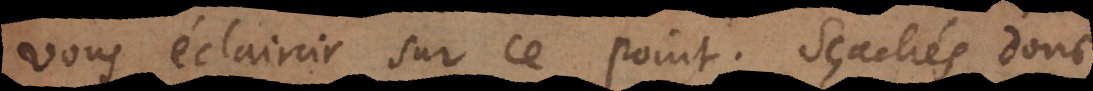
vous éclaircir sur ce point. Sçachés donc